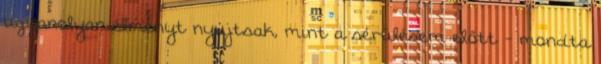
ugyanolyan élményt nyújtsak, mint a sérülésem előtt - mondta